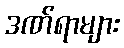
ဒဏ်ရာများ